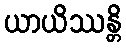
ယာယိဿန္တိ